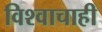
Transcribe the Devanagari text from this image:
विश्वाचाही